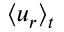
\langle u _ { r } \rangle _ { t }